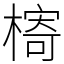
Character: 槣